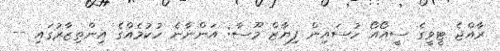
ރާއްޖެ ޓީވީގެ ސީއޯއޯ ހުސައިން ފިޔާޒް މޫސާ: އަންނާނެ ހުކުމެއްގެ އިންތިޒާރުގައި --